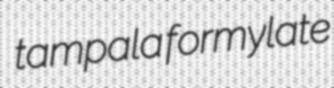
tampala formylate